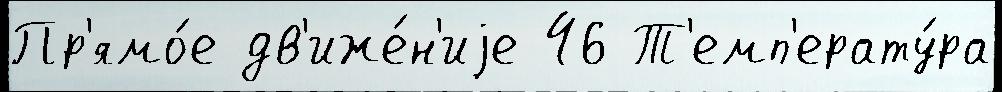
Пр'ямо́е дв'иже́н'иjе 46 Т'емп'ерату́ра